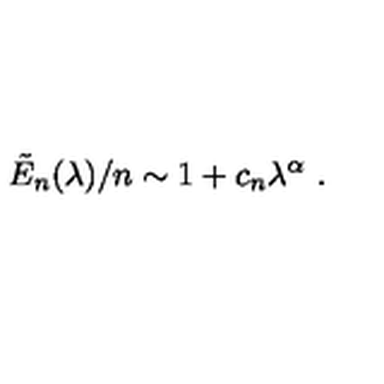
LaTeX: \tilde { E } _ { n } ( \lambda ) / n \sim 1 + c _ { n } \lambda ^ { \alpha } \ .